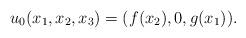
LaTeX: \begin{align*}u_0(x_1,x_2,x_3) = (f(x_2),0,g(x_1)).\end{align*}